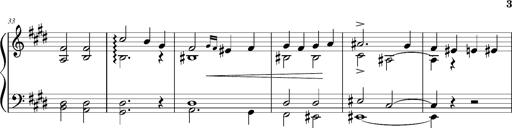
Title: Resignazione, S.187a/b
Composer: Franz Liszt